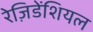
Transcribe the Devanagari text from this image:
रेज़िडेंशियल